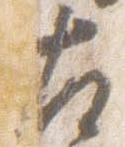
左